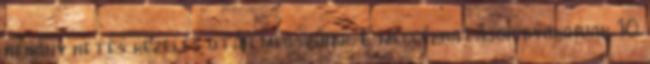
néhány hetes kezelés után megszűnik. E mellékhatások gyakoriak 10